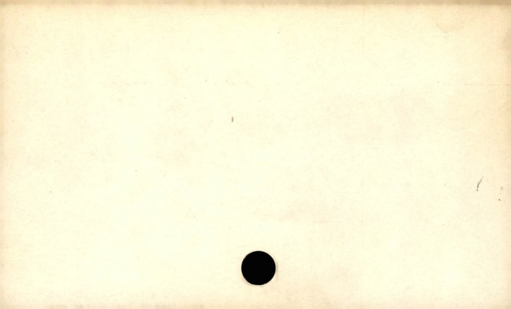
Label: blank